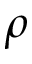
\rho